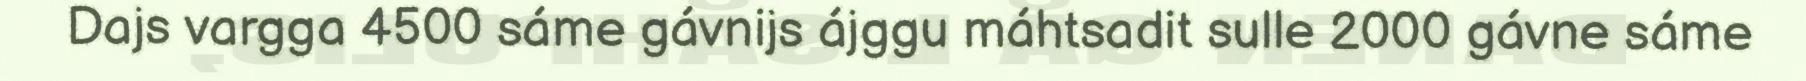
Dajs vargga 4500 sáme gávnijs ájggu máhtsadit sulle 2000 gávne sáme